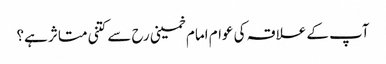
آپ کے علاقہ کی عوام امام خمینی رح سے کتنی متاثر ہے؟